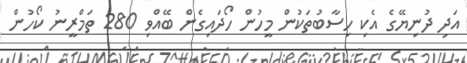
އަދި ދުނިޔޭގެ އެކި ހިސާބުތަކުން މީހުން ހޯދައިގެން ބޭއްވި 280 ތަމްރީނު ކޯހުން